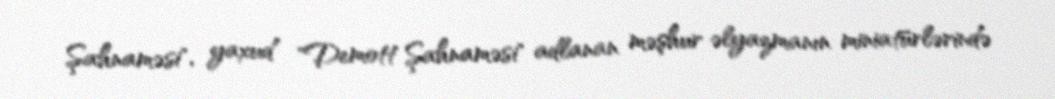
Şahnaməsi", yaxud "Demott Şahnaməsi" adlanan məşhur əlyazmanın miniatürlərində